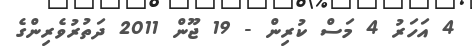
4 އަހަރު 4 މަސް ކުރިން - 19 ޖޫން 2011 ދަތުރުވެރިންގެ